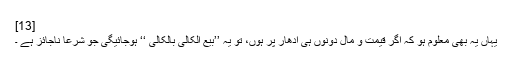
[13]
یہاں یہ بھی معلوم ہو کہ اگر قیمت و مال دونوں ہی ادھار پر ہوں، تو یہ ’’بیع الکالی بالکالی ‘‘ ہوجائیگی جو شرعاً ناجائز ہے ۔